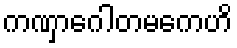
ကဏှာဂေါတမကေဟိ